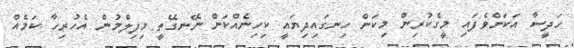
ހަދީސާ އަކަށްވެފައި މީގެކުުރިން މިކަން ހިނގައިދިޔައީ ކިހިނެއްކަން ނޭނގޭތީ މިފިލްމުން އެހުރިހާ ކަމެއް